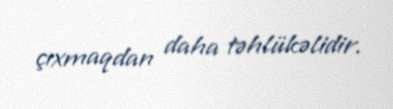
çıxmaqdan daha təhlükəlidir.